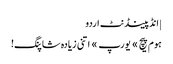
| انڈپینڈنٹ اردو
ہوم پیچ » یورپ » اتنی زیادہ شاپنگ!